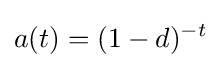
a(t)=(1-d)^{-t}